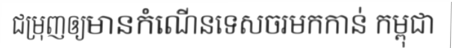
ជម្រុញឲ្យមានកំណើនទេសចរមកកាន់ កម្ពុជា